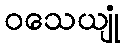
ဝသေယျုံ